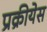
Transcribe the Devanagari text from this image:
प्रक्रीयेस